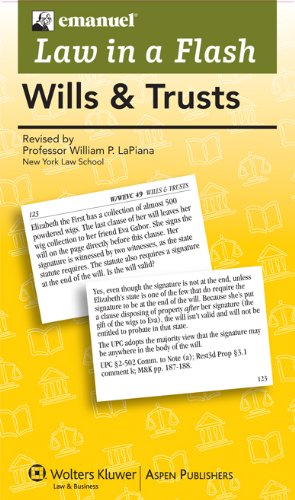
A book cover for Wills and Trusts, Law in a Flash (Emanuel Law in a Flash); Steven Emanuel; Law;